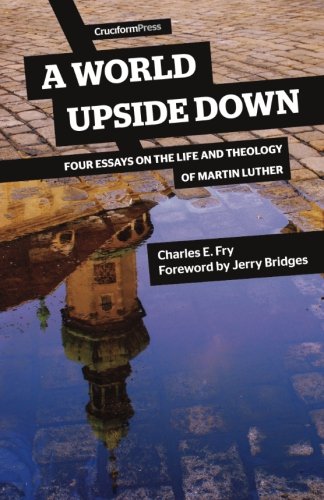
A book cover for A World Upside Down: Four Essays on the Life and Theology of Martin Luther; Charles E. Fry; Christian Books & Bibles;